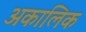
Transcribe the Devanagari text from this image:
अकालिक